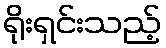
ရိုးရှင်းသည့်